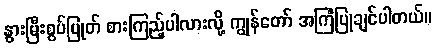
နွားမြီးစွပ်ပြုတ် စားကြည့်ပါလားလို့ ကျွန်တော် အကြံပြုချင်ပါတယ်။